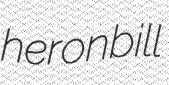
heronbill